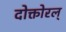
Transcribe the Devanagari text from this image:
दोक्तोरल्